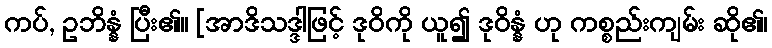
ကပ်, ဥဘိန္နံ ပြီး၏။ [အာဒိသဒ္ဒါဖြင့် ဒုဝိကို ယူ၍ ဒုဝိန္နံ ဟု ကစ္စည်းကျမ်း ဆို၏၊